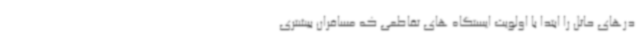
درهای حائل را ابتدا با اولویت ایستگاه های تقاطعی که مسافران بیشتری